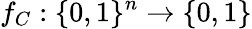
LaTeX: f_{C}:\{ 0,1\} ^{n}\to\{ 0,1\}